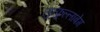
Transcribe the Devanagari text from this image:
लुत्फुल्लाबेग